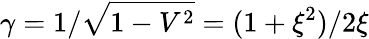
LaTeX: \gamma=1/\sqrt{1-V^{2}}=(1+\xi^{2})/2\xi